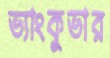
ভ্যাংকুভার